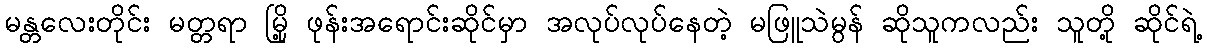
မန္တလေးတိုင်း မတ္တရာ မြို့ ဖုန်းအရောင်းဆိုင်မှာ အလုပ်လုပ်နေတဲ့ မဖြူသဲမွန် ဆိုသူကလည်း သူတို့ ဆိုင်ရဲ့